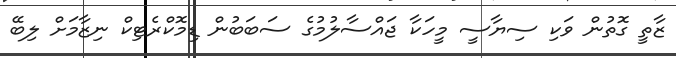
ޒާތީ ގޮތުން ވަކި ސިޔާސީ މީހަކާ ޖައްސާލުމުގެ ސަބަބުން ޑިމޮކްރެޓިކް ނިޒާމަށް ލިބޭ